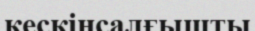
кескінсалғышты